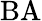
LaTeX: \mathrm{BA}